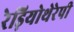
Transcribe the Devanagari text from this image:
रेड़ियोथेरेपी